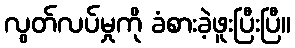
လွတ်လပ်မှုကို ခံစားခဲ့ဖူးပြီးပြီ။